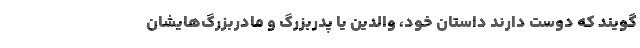
‌گویند که دوست دارند داستان خود، والدین یا پدربزرگ و مادربزرگ‌هایشان